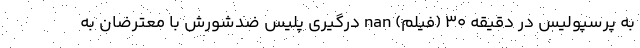
به پرسپولیس در دقیقه ۳۰ (فیلم) nan درگیری پلیس ضدشورش با معترضان به